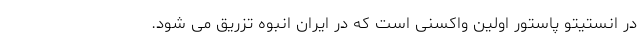
در انستیتو پاستور اولین واکسنی است که در ایران انبوه تزریق می شود.